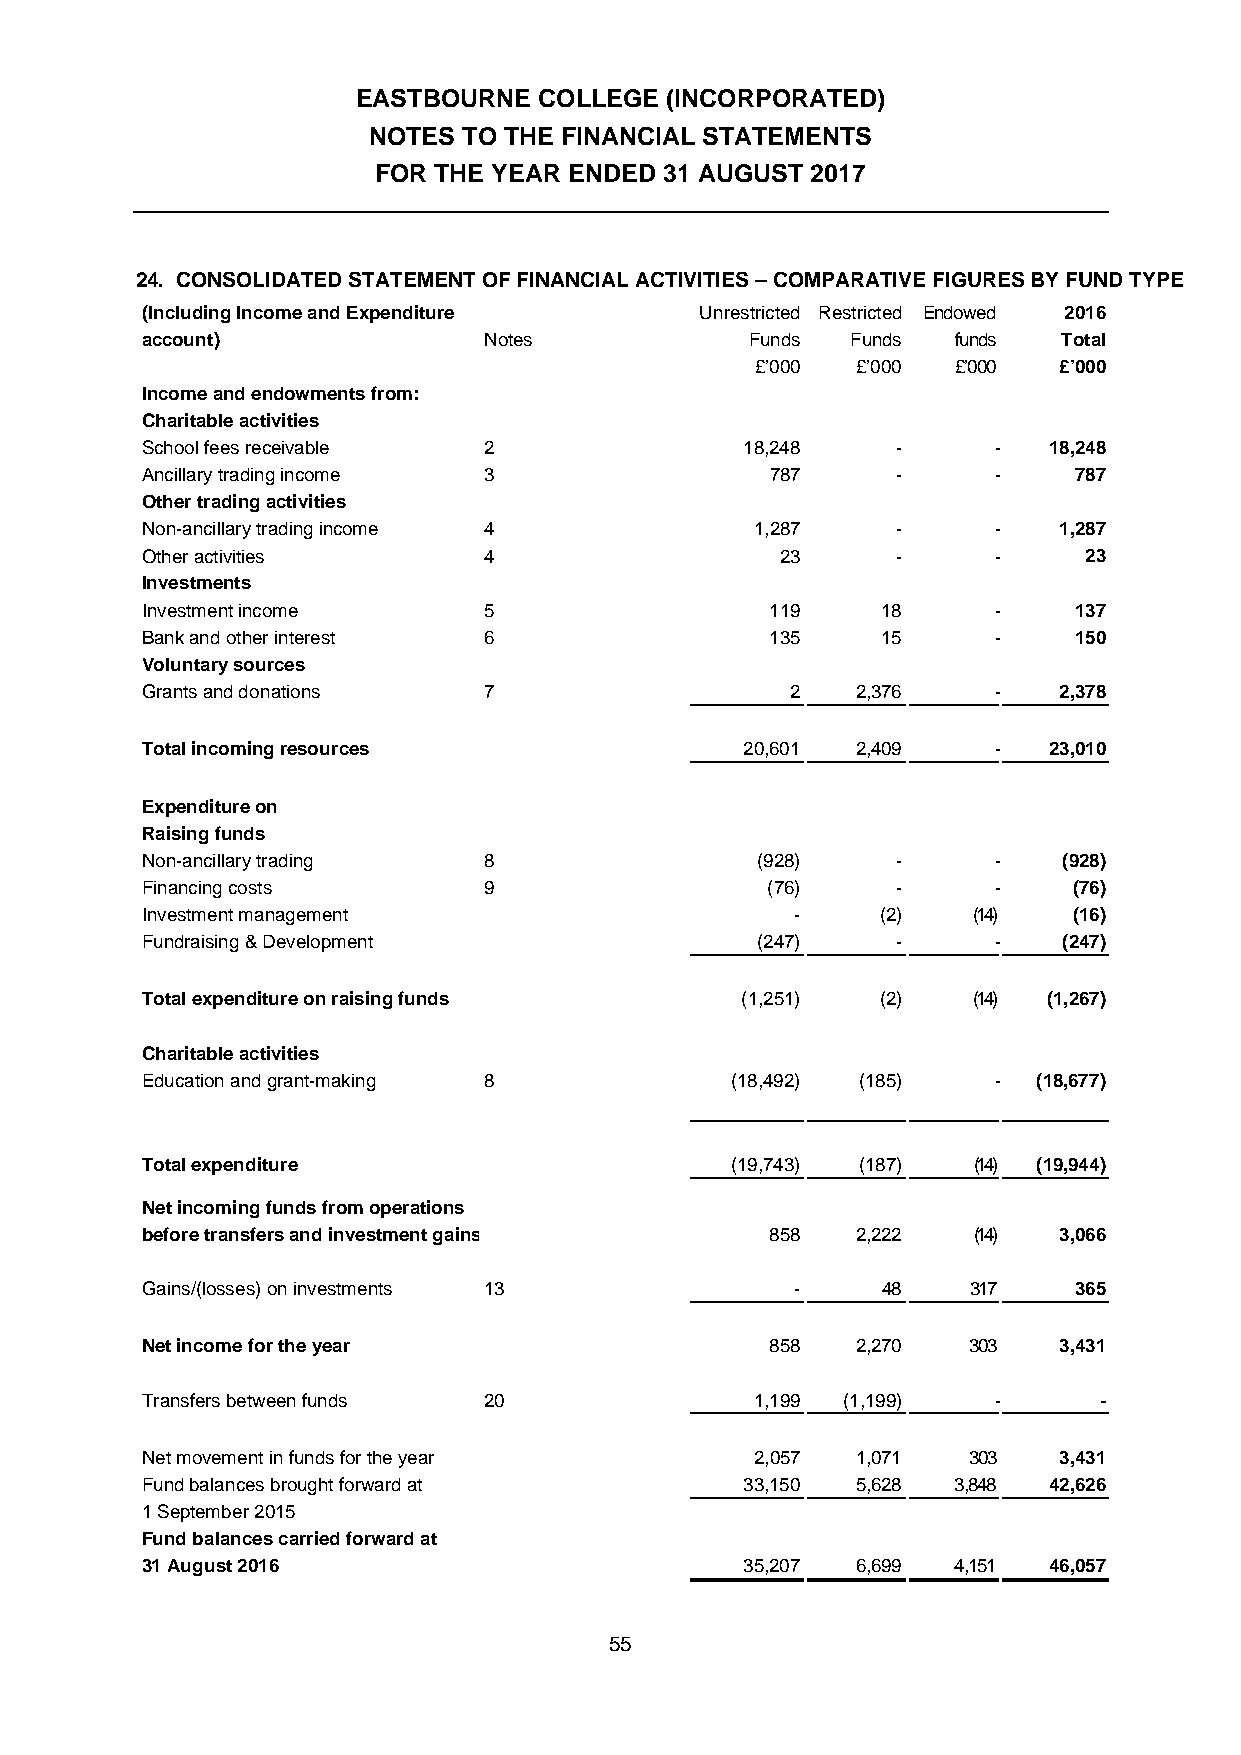
EASTBOURNE  COLLEGE (INCORPORATED)
 NOTES  TO THE FINANCIAL STATEMENTS
 FOR THE YEAR ENDED 31 AUGUST 2017
 24. CONSOLIDATED STATEMENT OF FINANCIAL ACTIVITIES – COMPARATIVE FIGURES BY FUND TYPE
 (Including Income and Expenditure    Unrestricted Restricted Endowed 2016
 account)               Notes             Funds Funds  funds  Total
 £’000  £’000 £’000  £’000
 Income and endowments from:
 Charitable activities
 School fees receivable 2                18,248    -      -  18,248
 Ancillary trading income 3                787     -      -    787
 Other trading activities
 Non-ancillary trading income 4           1,287    -      -   1,287
 Other activities       4                   23     -      -     23
 Investments
 Investment income      5                  119    18      -    137
 Bank and other interest 6                 135    15      -    150
 Voluntary sources
 Grants and donations   7                   2    2,376    -   2,378
 Total incoming resources                20,601  2,409    -  23,010
 Expenditure on
 Raising funds
 Non-ancillary trading  8                 (928)    -      -   (928)
 Financing costs        9                  (76)    -      -    (76)
 Investment management                       -    (2)   (14)   (16)
 Fundraising & Development                (247)    -      -   (247)
 Total expenditure on raising funds      (1,251)  (2)   (14) (1,267)
 Charitable activities
 Education and grant-making 8           (18,492) (185)    -  (18,677)
 Total expenditure                      (19,743) (187)  (14) (19,944)
 Net incoming funds from operations
 before transfers and investment gains     858   2,222  (14)  3,066
 Gains/(losses) on investments 13            -    48    317    365
 Net income for the year                   858   2,270  303   3,431
 Transfers between funds 20               1,199 (1,199)   -      -
 Net movement in funds for the year       2,057  1,071  303   3,431
 Fund balances brought forward at        33,150  5,628 3,848 42,626
 1 September 2015
 Fund balances carried forward at
 31 August 2016                          35,207  6,699 4,151 46,057
 55